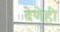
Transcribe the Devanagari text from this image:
देणेही